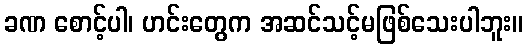
ခဏ စောင့်ပါ၊ ဟင်းတွေက အဆင်သင့်မဖြစ်သေးပါဘူး။